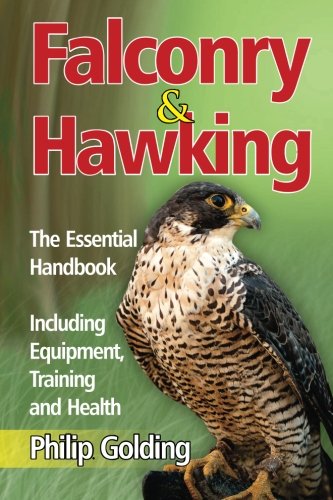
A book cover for Falconry and Hawking: The Essential Handbook - Including Equipment, Training and Health; Philip Golding; Science & Math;